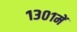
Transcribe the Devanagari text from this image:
१३०१में